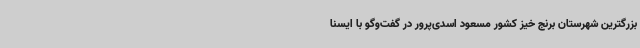
بزرگترین شهرستان برنج خیز کشور مسعود اسدی‌پرور در گفت‌وگو با ایسنا